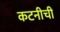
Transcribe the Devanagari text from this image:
कटनीची